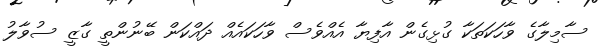
ސާމިލާގެ ވާހަކަތަކާ ގުޅިގެން އާފިޔާ އެއްވެސް ވާހަކައެއް ދައްކަން ބޭނުންތީ ގާޒީ ސުވާލު